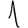
Digit: 1